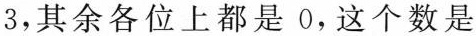
3，其余各位上都是0，这个数是